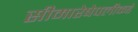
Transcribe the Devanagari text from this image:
सीमारेषेपलीकडे